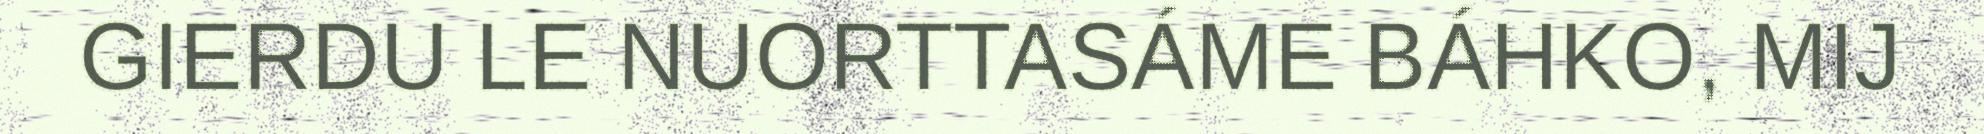
GIERDU LE NUORTTASÁME BÁHKO, MIJ